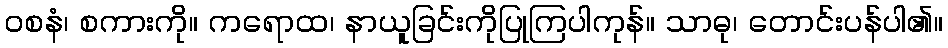
ဝစနံ၊ စကားကို။ ကရောထ၊ နာယူခြင်းကိုပြုကြပါကုန်။ သာဓု၊ တောင်းပန်ပါ၏။